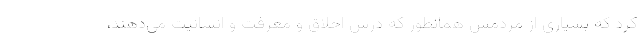
کرد که بسیاری از مردمش همانطور که درس اخلاق و معرفت و انسانیت می‌دهند،